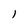
Character: 1